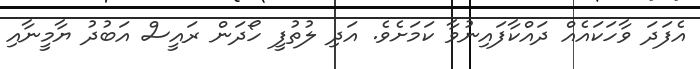
އެފަދަ ވާހަކައެއް ދައްކާފައިނުވާ ކަމަށެވެ. އަދި ލުތުފީ ހޯދަން ރައީސް އަބުދު ޔާމީނާއި